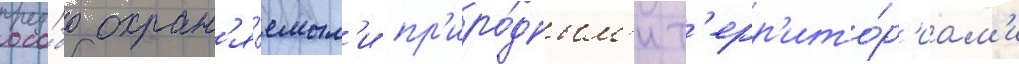
осо́бо охран'я́емым'и пр'иро́дным'и т'ерр'ито́р'иам'и